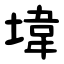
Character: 㙔